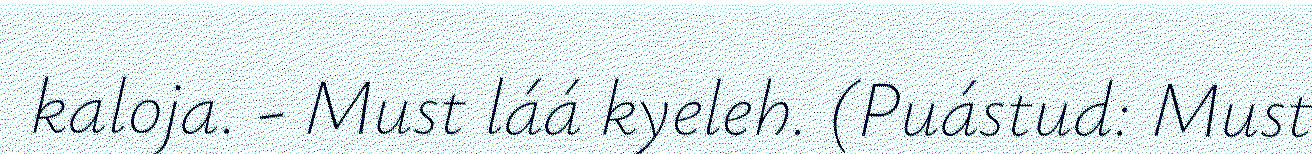
kaloja. - Must láá kyeleh. (Puástud: Must